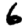
Digit: 6